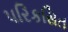
પરિકસિત